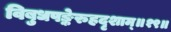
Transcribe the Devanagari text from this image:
विबुधपङ्केरुहदृशाम्॥१९॥